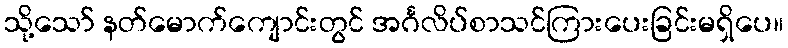
သို့သော် နတ်မောက်ကျောင်းတွင် အင်္ဂလိပ်စာသင်ကြားပေးခြင်းမရှိပေ။